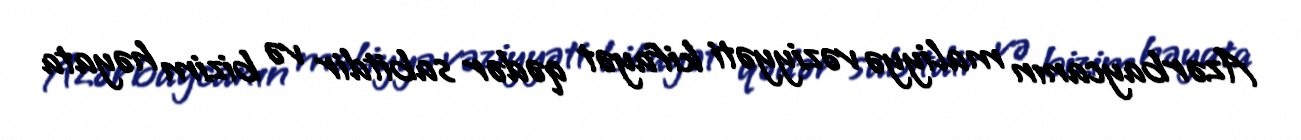
Azərbaycanın maliyyə vəziyyəti kifayət qədər sabitdir və bizim həyata